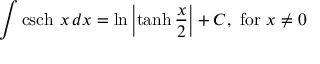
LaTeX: \int \operatorname { c s c h } \, x \, d x = \ln \left| \operatorname { t a n h } { \frac { x } { 2 } } \right| + C , { \mathrm { ~ f o r ~ } } x \neq 0